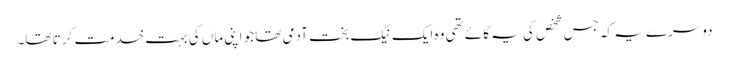
دوسرے یہ کہ جس شخص کی یہ گائے تھی وہ ایک نیک بخت آدمی تھا جو اپنی ماں کی بہت خدمت کرتا تھا۔